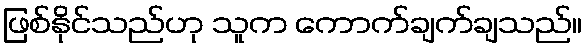
ဖြစ်နိုင်သည်ဟု သူက ကောက်ချက်ချသည်။